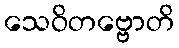
သေဝိတဗ္ဗောတိ